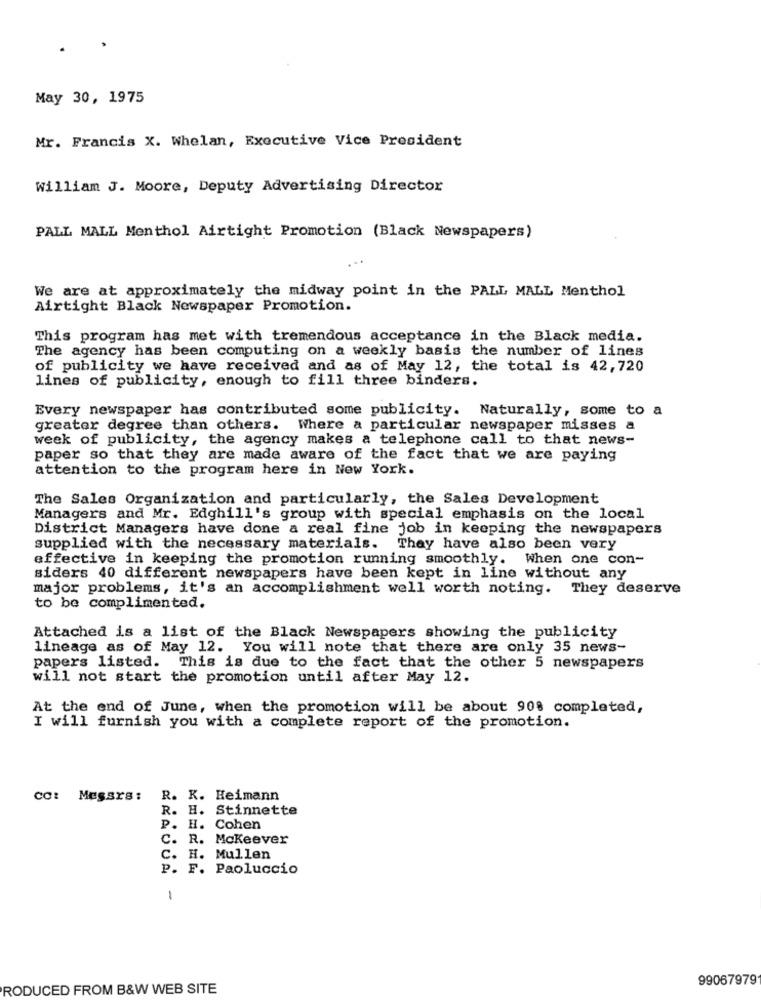
May 30, 1975
Mr. Francis X. Whelan, Executive Vice President
william J. Moore, Deputy Advertising Director
PALL MALL Menthol Airtight Promotion (Black Newspapers)
We are at approximately the midway point in the PALL MALL Menthol
Airtight Black Newspaper Promotion.
This program has met with tremendous acceptance in the Black media.
The agency has been computing on a weekly basis the number of lines
of publicity we have received and as of May 12, the total is 42,720
lines of publicity, enough to fill three binders.
Every newspaper has contributed some publicity. Naturally, some to a
greater degree than others. Where a particular newspaper misses a
week of publicity, the agency makes a telephone call to that news-
paper so that they are made aware of the fact that we are paying
attention to the program here in New York.
The Sales Organization and particularly, the Sales Development
Managers and Mr. Edghill's group with special emphasis on the local
District Managers have done a real fine job in keeping the newspapers
supplied with the necessary materials. They have also been very
effective in keeping the promotion running smoothly. When one con-
siders 40 different newspapers have been kept in line without any
major problems, it's an accomplishment well worth noting. They deserve
to be complimented.
Attached is a list of the Black Newspapers showing the publicity
lineage as of May 12. You will note that there are only 35 news-
papers listed. This is due to the fact that the other 5 newspapers
will not start the promotion until after May 12.
At the end of June, when the promotion will be about 908 completed,
I will furnish you with a complete report of the promotion.
CC: Messrs:
R. K. Heimann
R. H. Stinnette
P. H. Cohen
C. R. Mckeever
C. H. Mullen
P. F. Paoluccio
1
99067979
PRODUCED FROM B&W WEB SITE